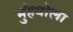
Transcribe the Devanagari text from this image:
मुँहबोला